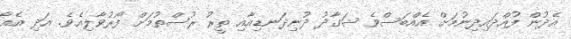
އެދުން ފުއްދައިދިނުމަށް އެއްބަސްވެ ޝަގާދު ދުނިދަނޑިއާއި ތީރު ރުސްތުމަށް ފޯރުވާލިއެވެ. އަދި އެއާ